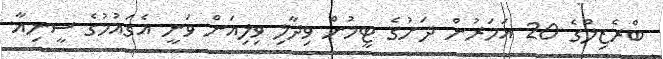
ބްރެޒިލްގެ 20 އަހަރުން ދަށުގެ ޓީމުން ވިދާލި ވިލިއަން ވަނީ އެގައުމުގެ ސީނިއާ